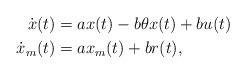
LaTeX: \begin{align*}\dot x(t) &= a x(t) - b\theta x(t) + bu(t) \\\dot x_m(t) &= a x_m(t)+ br(t), \end{align*}